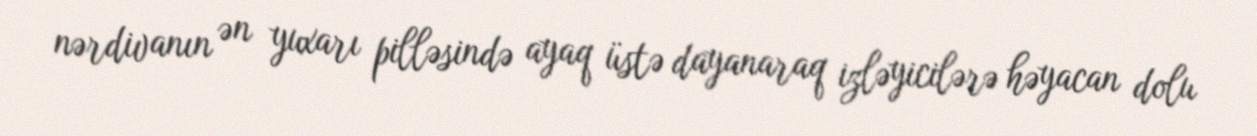
nərdivanın ən yuxarı pilləsində ayaq üstə dayanaraq izləyicilərə həyacan dolu